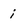
Character: i